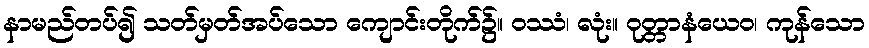
နာမည်တပ်၍ သတ်မှတ်အပ်သော ကျောင်းတိုက်၌။ ဝဿံ၊ လုံး။ ဝုတ္တာနံယေဝ၊ ကုန်သော